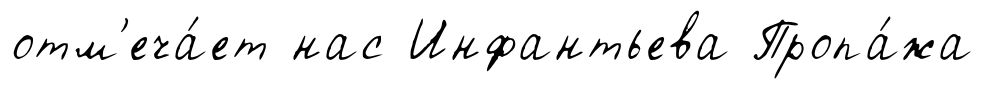
отм'еча́ет нас Инфантьева Пропа́жа